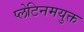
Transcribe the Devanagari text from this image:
प्लेटिनमयुक्त